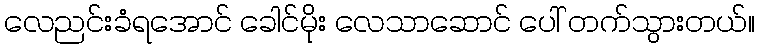
လေညင်းခံရအောင် ခေါင်မိုး လေသာဆောင် ပေါ် တက်သွားတယ်။